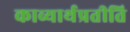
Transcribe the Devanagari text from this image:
काव्यार्थप्रतीति